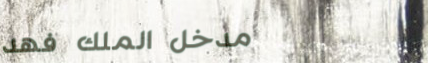
مدخل الملك فهد